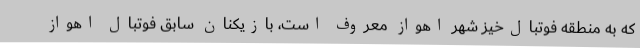
که به منطقه فوتبال‌خیز شهر اهواز معروف است، بازیکنان سابق فوتبال اهواز